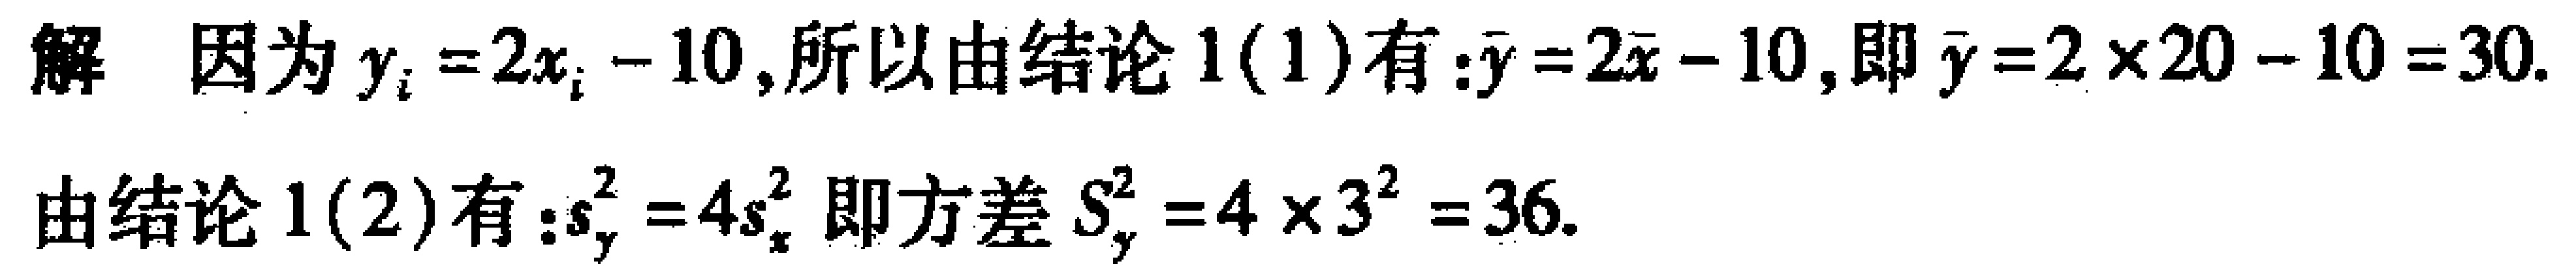
解 因为 \(y_{i}=2x_{i}-10\),所以由结论 \(1(1)\)有:\(\bar{y}=2\bar{x}-10\),即 \(\bar{y}=2\times20 - 10 = 30\).

由结论 \(1(2)\)有:\(s_{y}^{2}=4s_{x}^{2}\)即方差 \(S_{y}^{2}=4\times3^{2}=36\).